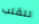
للقلب